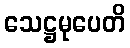
သေဋ္ဌမုပေတိ